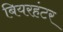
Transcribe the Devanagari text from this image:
बियरहंटर